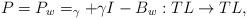
LaTeX: \begin{align*} P=P_w=_\gamma+\gamma I-B_w:TL\rightarrow TL, \end{align*}